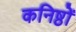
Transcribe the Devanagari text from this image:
कनिष्ठों